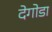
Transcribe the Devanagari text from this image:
देगोडा